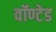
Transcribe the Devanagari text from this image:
वॉण्टेड